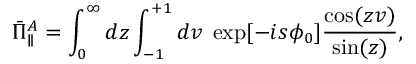
\bar { \Pi } _ { \parallel } ^ { A } = \int _ { 0 } ^ { \infty } d z \int _ { - 1 } ^ { + 1 } d v \; \exp [ { - i s \phi _ { 0 } } ] \frac { \cos ( z v ) } { \sin ( z ) } ,